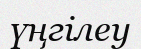
үңгілеу